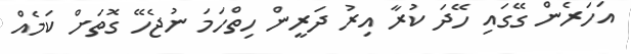
އަހަރެން ގޭގައި ހޭދަ ކުރާ އިރު ދަރީން ހިތްހަމަ ނުޖެހޭ ގޮތަށް ކަމެއް